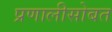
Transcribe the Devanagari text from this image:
प्रणालीसोबत